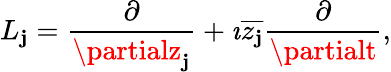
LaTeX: L_{\mathbf{j}}={\frac{{\partial}}{{\partialz_{\mathbf{j}}}}}+\imath{\overline{{{z_{\mathbf{j}}}}}}{\frac{{\partial}}{{\partialt}}},